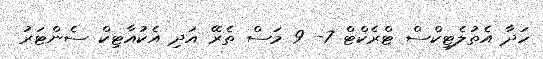
ހަދާ އެތުލެޓިކްސް ޓްރެކްޓް 7- 9 މަސް ތެރޭ އަދި އެކުއާޓިކް ސެންޓަރު